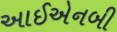
આઈએનબી